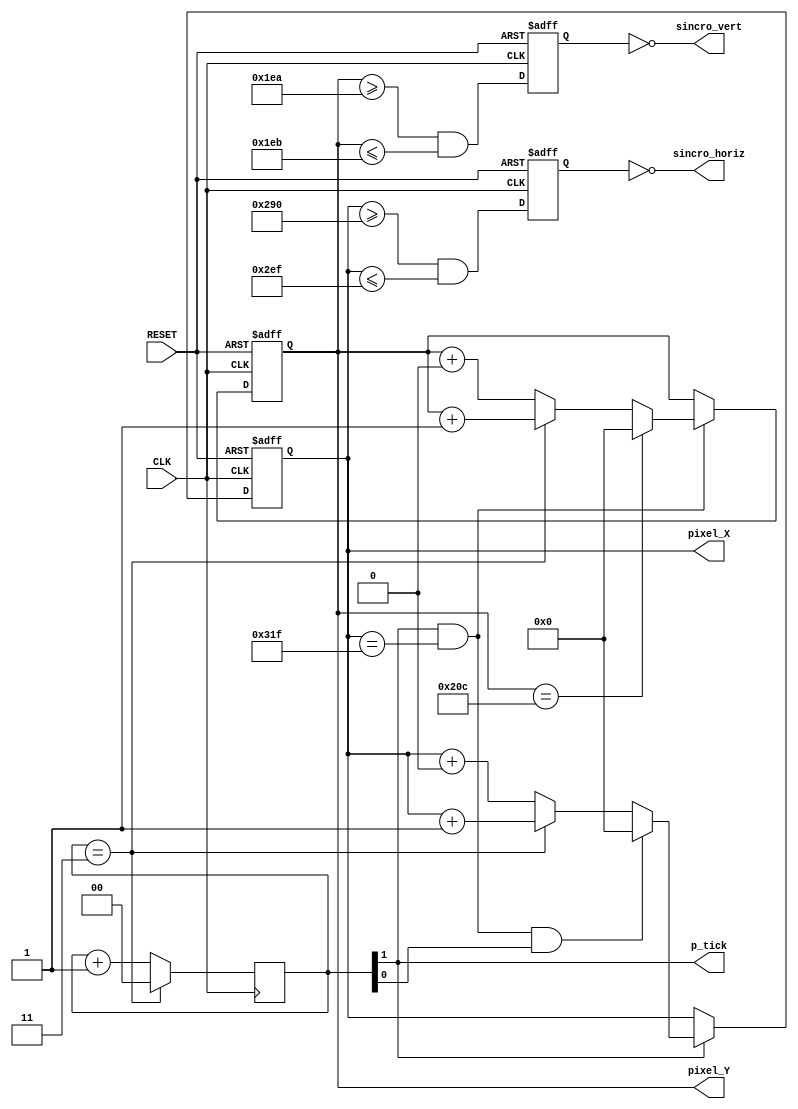
`timescale 1ns / 1ps
//////////////////////////////////////////////////////////////////////////////////
// Company: 
// 
// Design Name: 
// Module Name:    Sincronizador_P2 
// Project Name:   Controlador RTC
// Target Devices: 
// Tool versions: 
// Description: 
//
// Dependencies: 
//
// Revision: 
// Revision 0.01 - File Created
// Additional Comments: 
//
//////////////////////////////////////////////////////////////////////////////////
module Sincronizador_P2_RTC(
   input wire CLK, RESET,
	output wire sincro_horiz, sincro_vert, p_tick,
	output wire [9:0] pixel_X, pixel_Y
    );
	
	//declaracin de constantes
	//parametros de sincronizacin del controlador VGA 640x480
	//dichos valores o parametros salen de las graficas
	
	//dimensiones horizontales
	localparam HM = 640   ; //area de muestro horizontal
	localparam H_izq = 48 ; //borde izquierdo horizontal
	localparam H_der = 16 ; //borde derecho horizontal
	localparam H_retraz=96; //retrazo horizontal
	
	//dimensiones verticales
	localparam VM = 480   ; //area de muestro vertical
	localparam V_sup = 10 ; //borde superior vertical
	localparam V_inf = 33 ; //borde inferior vertical
	localparam V_retraz=2 ; //retrazo vertical
	
	//modulo 1 contador, divisor de frecuencia
	reg [1:0] cont = 2'b00;
	
	//contadores sincronos
	reg [9:0] cont_horiz_regist, cont_horiz_siguiente; //cont=contador
	reg [9:0] cont_vert_regist, cont_vert_siguiente;   //cont=contador
	
	//salida del buffer 
	reg sincr_vert_reg, sincr_horiz_reg; //registro vertical sincronizador, registro horizontal soncronizador
	wire sincr_vert_siguiente, sincr_horiz_siguiente; // sincronizacin vertical siguiente, sincronizacin horizontal siguiente
	
	//Estado de seal
	wire horiz_fin, vert_fin, pixel_tick; // finalizacin horizontal, final vertical,
	
	//Cuerpo/Registros
	
	always @ (posedge CLK, posedge RESET) begin
		if (RESET) begin //caracteristicas del reinicio de pantalla
			cont_vert_regist <= 10'b0000000000;
			cont_horiz_regist <= 10'b0000000000;
			sincr_vert_reg <= 1'b0;
			sincr_horiz_reg <=1'b0;
		end else begin
			cont_vert_regist <= cont_vert_siguiente;
			cont_horiz_regist <= cont_horiz_siguiente;
			sincr_vert_reg <= sincr_vert_siguiente;
			sincr_horiz_reg <= sincr_horiz_siguiente;
		end
	end
	
	//Divisor de frecuencia, obteniendo 25MHz del CLK de la Nexys de 100MHz
	always @ (posedge CLK) begin
		if (cont == 2'b11) begin
			cont <= 2'b00;
		end else begin
			cont <= cont + 2'b01;
		end
	end
	
	assign pixel_tick = cont[1];

	//Estados de seal
	//FIN indicador Contador horizontal 0-799
	assign horiz_fin = (cont_horiz_regist == (HM + H_izq + H_der + H_retraz - 1));
	//FIN indicador contador vertical 0-524
	assign vert_fin = (cont_vert_regist == (VM + V_sup + V_inf + V_retraz - 1));
	
	//etapa de contador sincronico horizontal 800
	always @* begin
		if (pixel_tick) begin //25MHz pulso
			if (horiz_fin & cont[1] & cont[0]) begin
				cont_horiz_siguiente = 10'b0000000000;
			end else begin
				if (cont == 2'b11) begin
					cont_horiz_siguiente = cont_horiz_regist + 10'b0000000001;
				end
				else begin
					cont_horiz_siguiente = cont_horiz_regist + 10'b0000000000;
				end
			end
		end else begin
			cont_horiz_siguiente = cont_horiz_regist;
		end
	end
	
	//etapa contador sincrono vertical 525
	always @* begin
		if (pixel_tick & horiz_fin) begin
			if (vert_fin) begin
				cont_vert_siguiente = 10'b0000000000;
			end else begin
				if (cont == 2'b11) begin
					cont_vert_siguiente = cont_vert_regist + 10'b0000000001;
				end
				else begin
					cont_vert_siguiente = cont_vert_regist + 10'b0000000000;
				end
			end
		end else begin
			cont_vert_siguiente = cont_vert_regist;
		end
	end
	
//	Se toma en cuenta la parte de retrazo, de 656-751 en horizontal
// Asignando un valor booleano a sincr_horiz_siguiente
	
	assign sincr_horiz_siguiente = ((cont_horiz_regist >= (HM + H_der)) && (cont_horiz_regist <= (HM + H_der + H_retraz - 1)));
	
// Se toma en cuenta la parte de retrazo, de 490 a 491
// Asignando un valor booleano a sincr_vert_siguiente
	assign sincr_vert_siguiente = ((cont_vert_regist >= (VM + V_sup)) && (cont_vert_regist <= (VM + V_sup + V_retraz - 1)));
	
//Seales de salida, las cuales van al generador de pixeles
	assign sincro_horiz = ~sincr_horiz_reg;
	assign sincro_vert = ~sincr_vert_reg;
	assign pixel_X = cont_horiz_regist;
	assign pixel_Y = cont_vert_regist;
	assign p_tick = pixel_tick;
	
endmodule